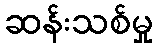
ဆန်းသစ်မှု